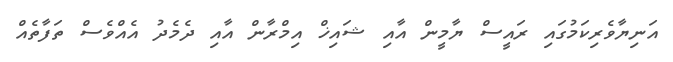
އަނިޔާވެރިކަމުގައި ރައީސް ޔާމީން އާއި ޝައިޚް އިމްރާން އާއި ދެމެދު އެއްވެސް ތަފާތެއް